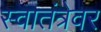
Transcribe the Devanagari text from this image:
स्वातंत्रेवर